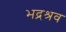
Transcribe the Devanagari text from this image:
भद्रश्रव